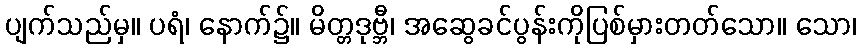
ပျက်သည်မှ။ ပရံ၊ နောက်၌။ မိတ္တဒုဗ္ဘီ၊ အဆွေခင်ပွန်းကိုပြစ်မှားတတ်သော။ သော၊